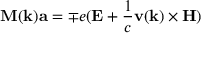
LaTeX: \mathbf { M } ( \mathbf { k } ) \mathbf { a } = \mp e ( \mathbf { E } + { \frac { 1 } { c } } \mathbf { v } ( \mathbf { k } ) \times \mathbf { H } )